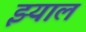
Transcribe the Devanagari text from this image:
झ्याल